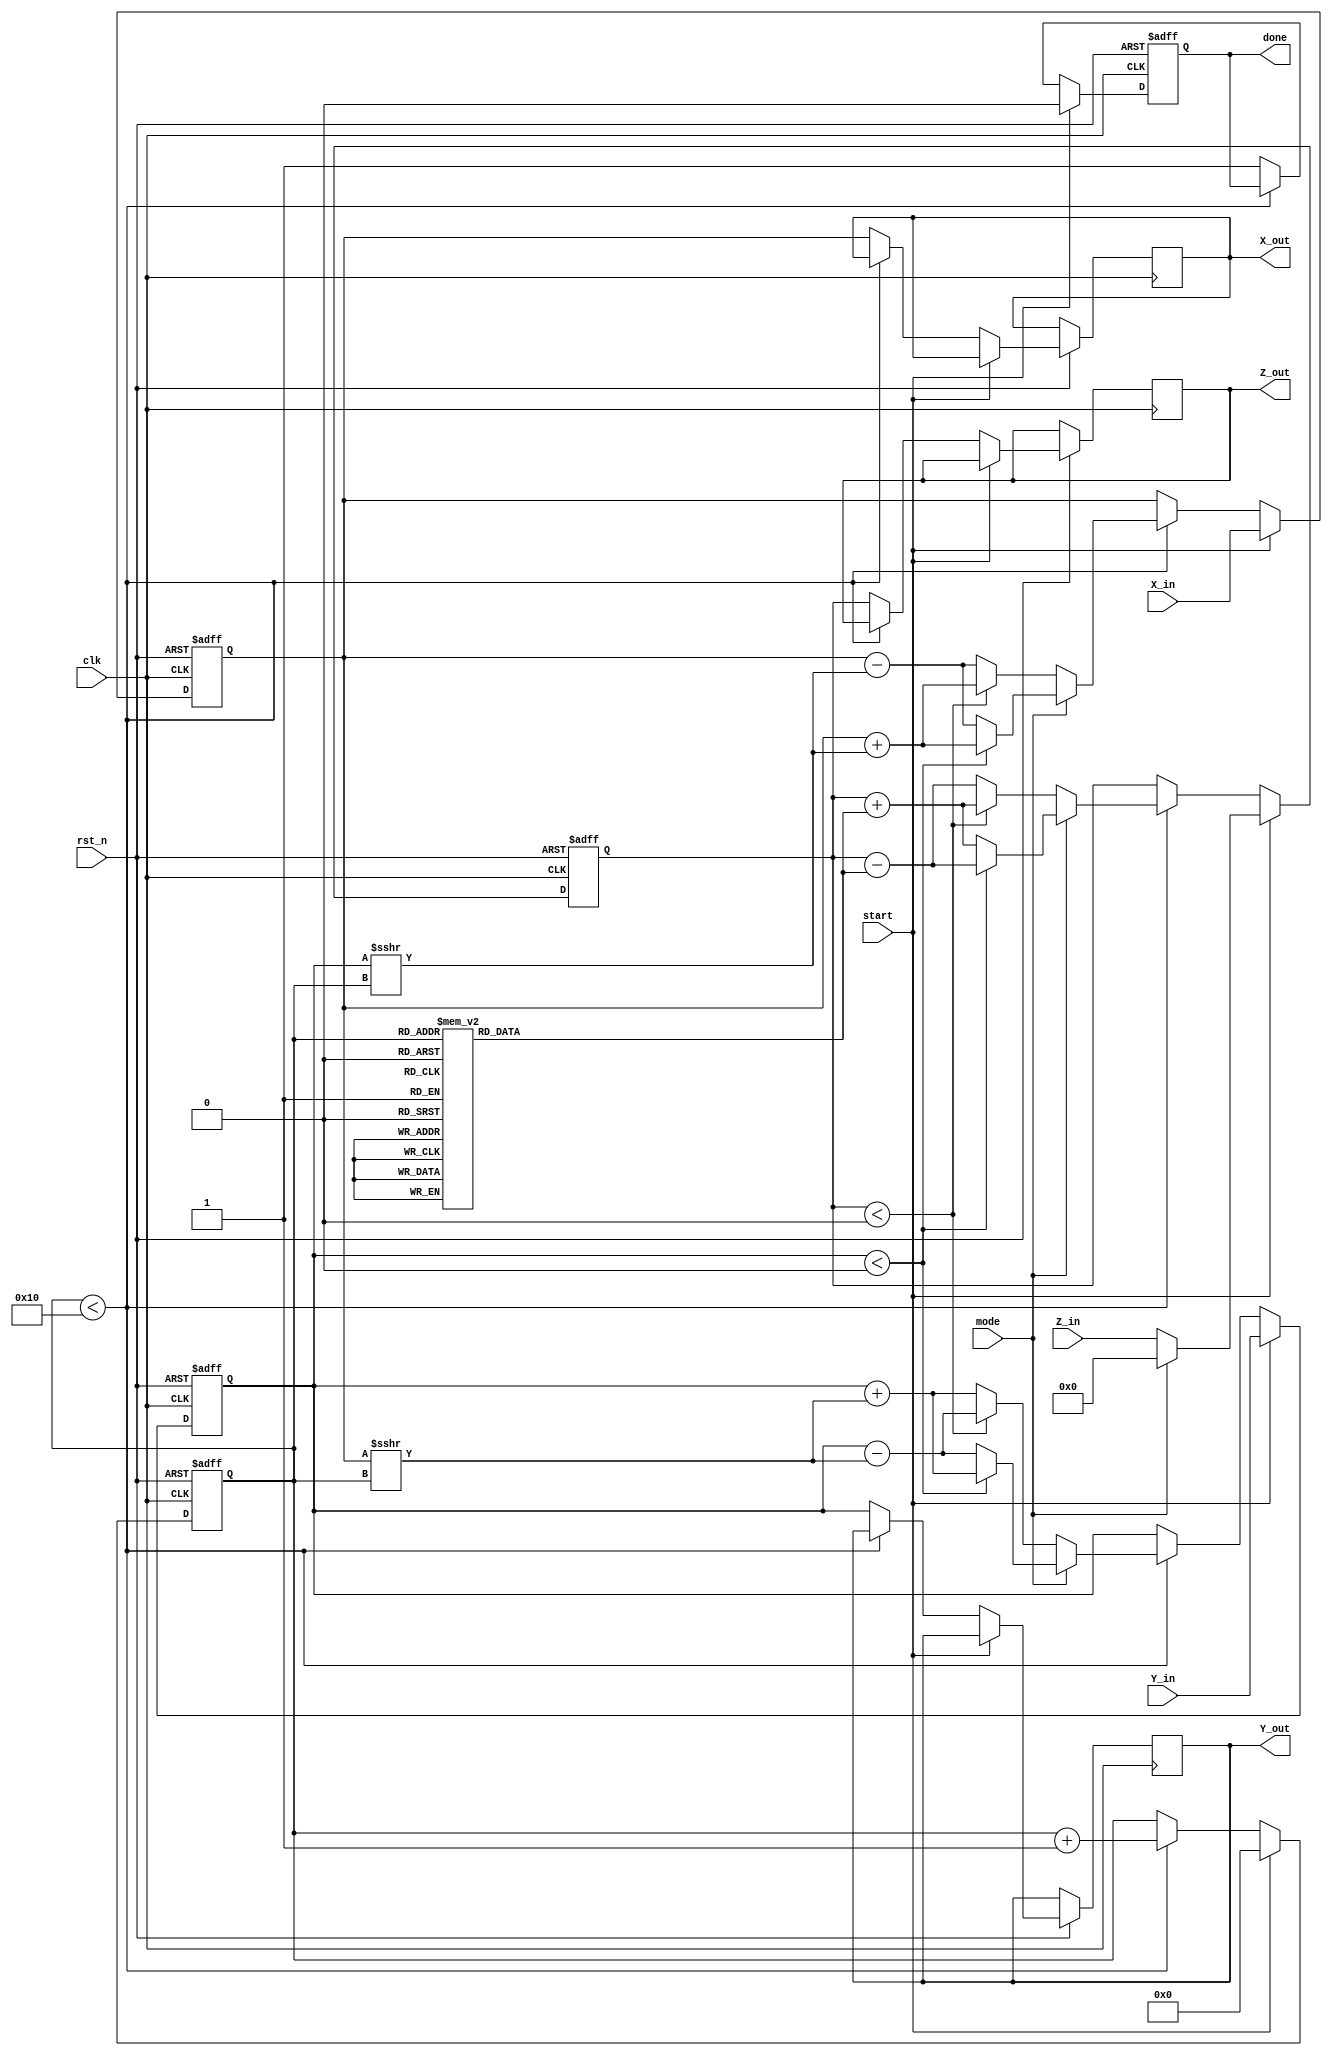
module modified_cordic #(
    parameter WIDTH = 16,       // Bit-width for inputs and outputs
    parameter ITERATIONS = 16   // Number of iterations for precision
)(
    input wire clk,
    input wire rst_n,
    input wire start,
    input wire mode,            // 0 for rotation, 1 for vectoring
    input wire signed [WIDTH-1:0] X_in,
    input wire signed [WIDTH-1:0] Y_in,
    input wire signed [WIDTH-1:0] Z_in, // Angle input for rotation mode
    output reg signed [WIDTH-1:0] X_out,
    output reg signed [WIDTH-1:0] Y_out,
    output reg signed [WIDTH-1:0] Z_out, // Angle output for vectoring mode
    output reg done
);

    // Internal signals
    reg signed [WIDTH-1:0] X, Y, Z;
    reg [3:0] iteration; // Counter for iterations
    reg [WIDTH-1:0] atan_table [0:ITERATIONS-1]; // Lookup table for atan(2^-i)

    // Initialize the arctangent lookup table
    initial begin
        // Populate atan_table with precomputed values (in fixed-point format)
        atan_table[0] = 16'h2000; // atan(1) = 0.7854 (approx)
        atan_table[1] = 16'h1400; // atan(0.5) = 0.4636 (approx)
        atan_table[2] = 16'h0A00; // atan(0.25) = 0.2449 (approx)
        // Continue filling in the rest of the values...
    end

    // State machine for CORDIC operation
    always @(posedge clk or negedge rst_n) begin
        if (!rst_n) begin
            X <= 0;
            Y <= 0;
            Z <= 0;
            iteration <= 0;
            done <= 0;
        end else if (start) begin
            // Initialize inputs based on mode
            if (mode == 0) begin // Rotation mode
                X <= X_in;
                Y <= Y_in;
                Z <= Z_in;
            end else begin // Vectoring mode
                X <= X_in;
                Y <= Y_in;
                Z <= 0; // Z will be computed
            end
            iteration <= 0;
            done <= 0;
        end else if (iteration < ITERATIONS) begin
            // CORDIC iteration logic
            if (mode == 0) begin // Rotation mode
                if (Z < 0) begin
                    X <= X + (Y >>> iteration);
                    Y <= Y - (X >>> iteration);
                    Z <= Z + atan_table[iteration];
                end else begin
                    X <= X - (Y >>> iteration);
                    Y <= Y + (X >>> iteration);
                    Z <= Z - atan_table[iteration];
                end
            end else begin // Vectoring mode
                if (Y < 0) begin
                    X <= X + (Y >>> iteration);
                    Y <= Y + (X >>> iteration);
                    Z <= Z - atan_table[iteration];
                end else begin
                    X <= X - (Y >>> iteration);
                    Y <= Y - (X >>> iteration);
                    Z <= Z + atan_table[iteration];
                end
            end
            iteration <= iteration + 1;
        end else begin
            // Final output assignment
            if (mode == 0) begin // Rotation mode
                X_out <= X;
                Y_out <= Y;
                Z_out <= Z;
            end else begin // Vectoring mode
                X_out <= X;
                Y_out <= Y;
                Z_out <= Z; // Angle output
            end
            done <= 1; // Indicate completion
        end
    end

endmodule